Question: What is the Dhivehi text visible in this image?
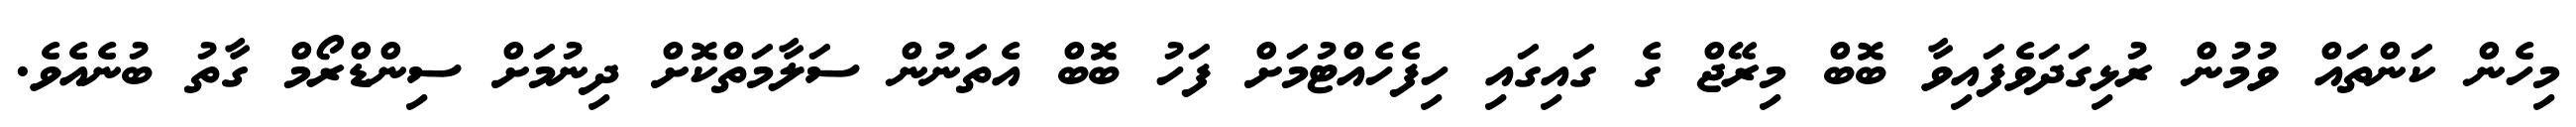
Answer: މިހެން ކަންތައް ވުމުން ރުޅިގަދަވެފައިވާ ބޮބް މިރޭޖް ގެ ގައިގައި ހިފެހެއްޓުމަށް ފަހު ބޮބް އެތަނުން ސަލާމަތްކޮށް ދިނުމަށް ސިންޑްރޯމް ގާތު ބުނެއެވެ.